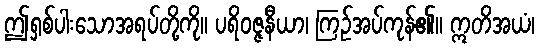
ဤရှစ်ပါးသောအရပ်တို့ကို။ ပရိဝဇ္ဇနီယာ၊ ကြဉ်အပ်ကုန်၏။ ဣတိအယံ၊